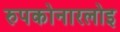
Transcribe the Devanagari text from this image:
रुपकोनारलोइ